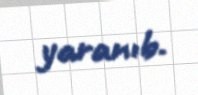
yaranıb.